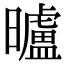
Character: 曥